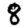
Digit: 8